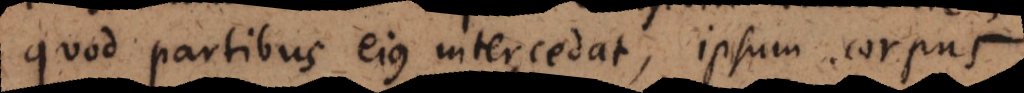
quod partibus ejus intercedat, ipsum corpus